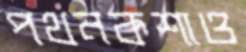
পথনকশাও